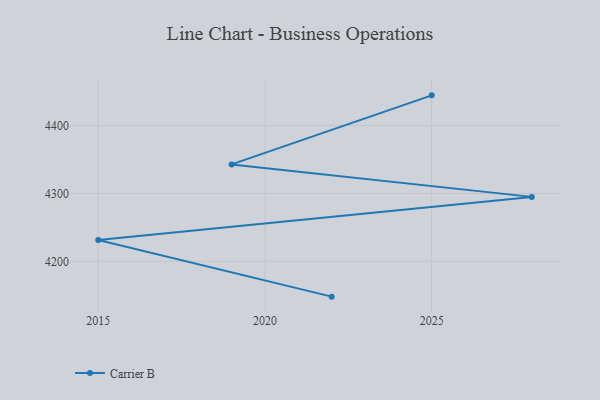
{"axis": {"x": "Year", "y": "Energy Usage (MWh)"}, "legend": ["Carrier B"], "data": [{"x": "2022", "y": 4148.0, "type": "Carrier B"}, {"x": "2015", "y": 4231.3, "type": "Carrier B"}, {"x": "2028", "y": 4294.9, "type": "Carrier B"}, {"x": "2019", "y": 4342.7, "type": "Carrier B"}, {"x": "2025", "y": 4444.4, "type": "Carrier B"}]}